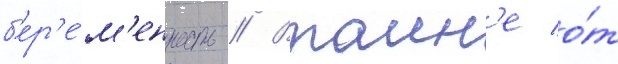
б'ер'е́м'енность // Втаин'е о́т